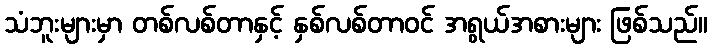
သံဘူးများမှာ တစ်လစ်တာနှင့် နှစ်လစ်တာဝင် အရွယ်အစားများ ဖြစ်သည်။